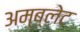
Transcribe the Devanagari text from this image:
अम्ब्लेट